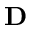
\mathbf { D }